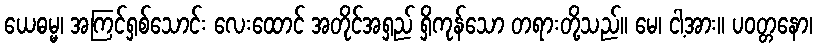
ယေဓမ္မ၊ အကြင်ရှစ်သောင်း လေးထောင် အတိုင်အရှည် ရှိကုန်သော တရားတို့သည်။ မေ၊ ငါ့အား။ ပဝတ္တနော၊